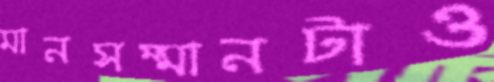
মানসম্মানটাও